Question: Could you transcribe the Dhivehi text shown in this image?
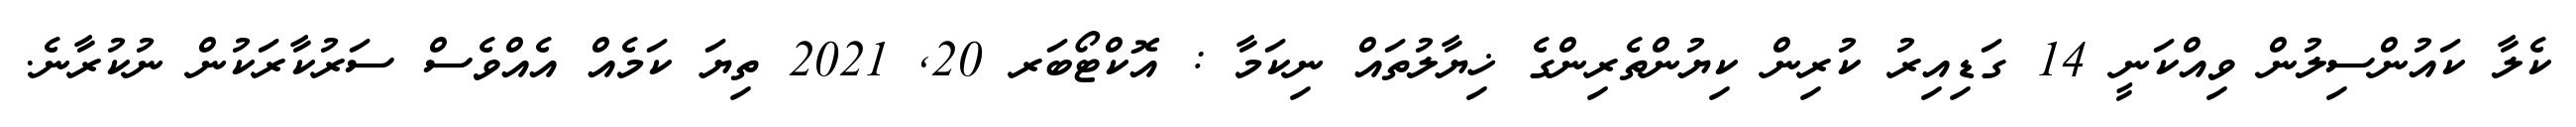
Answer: ކެލާ ކައުންސިލުން ވިއްކަނީ 14 ގަޑިއިރު ކުރިން ކިޔުންތެރިންގެ ޚިޔާލުތައް ނިކަމާ : އޮކްޓޯބަރ 20, 2021 ތިޔަ ކަމެއް އެއްވެސް ސަރުކާރަކުން ނުކުރާނެ.